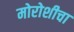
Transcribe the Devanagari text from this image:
मोरोशीचा